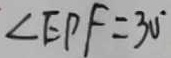
\angle E P F = 3 0 ^ { \circ }